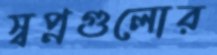
স্বপ্নগুলোর